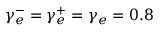
\gamma _ { e } ^ { - } = \gamma _ { e } ^ { + } = \gamma _ { e } = 0 . 8